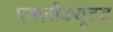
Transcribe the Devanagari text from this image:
एक्ज़ीक्यूटव